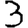
Digit: 3